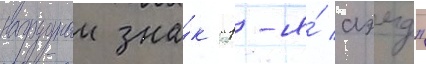
нагрудныи зна́к "1-я́ аэмд"